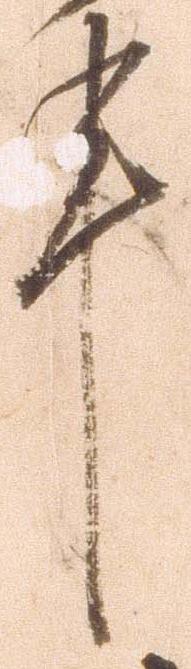
申